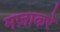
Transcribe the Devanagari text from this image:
मज़ाकरे